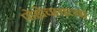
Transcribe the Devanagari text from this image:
पोहोचायच्या